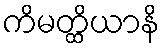
ကိမတ္ထိယာနိ